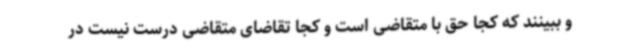
و ببینند که کجا حق با متقاضی است و کجا تقاضای متقاضی درست نیست در